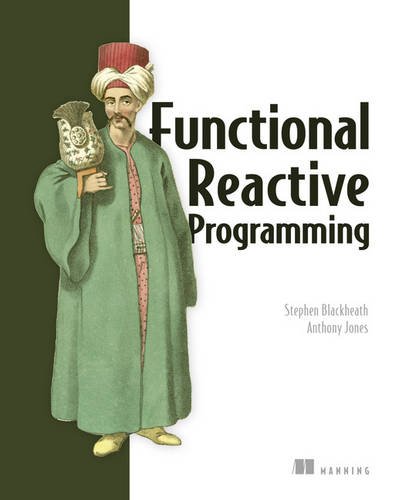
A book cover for Functional Reactive Programming; Stephen Blackheath; Computers & Technology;